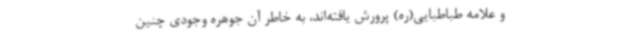
و علامه طباطبایی(ره) پرورش یافته‌اند، به خاطر آن جوهره وجودی چنین